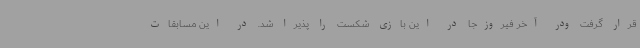
قرار گرفت ودر آخر فیروزجا در این بازی شکست را پذیرا شد. در این مسابقات